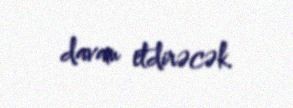
davam etdirəcək.